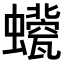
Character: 𧔀